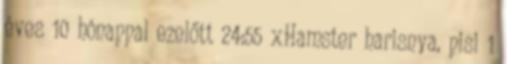
éves 10 hónappal ezelőtt 24:55 xHamster harisnya, pisi 1